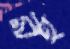
রহ